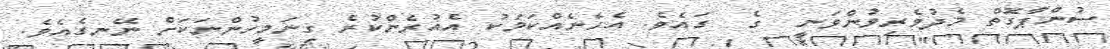
ސުންޕާގޮތް މެދުވެރިވުންވަނީ  ގެެެ  ގައެވެ. އެހެނެއްކަމަކު އެއުރެންކުރެ ގިނަމީހުންނަކަށް ނޭނގެއެވެ.